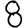
Digit: 8